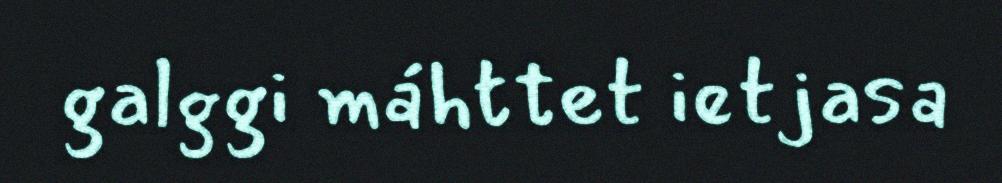
galggi máhttet ietjasa